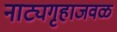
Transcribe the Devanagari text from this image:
नाट्यगृहाजवळ